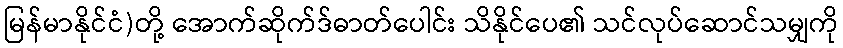
မြန်မာနိုင်ငံ)တို့ အောက်ဆိုက်ဒ်ဓာတ်ပေါင်း သိနိုင်ပေ၏ သင်လုပ်ဆောင်သမျှကို